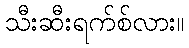
သီးဆီးရက်စ်လား။